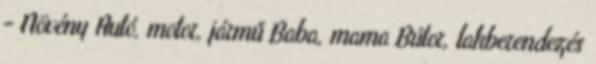
- Növény Autó, motor, jármű Baba, mama Bútor, lakberendezés